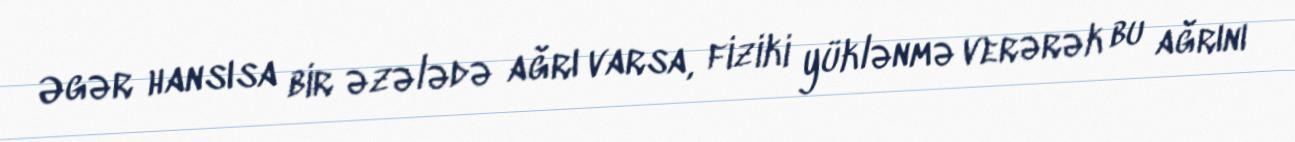
Əgər hansısa bir əzələdə ağrı varsa, fiziki yüklənmə verərək bu ağrını